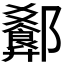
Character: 𬪢